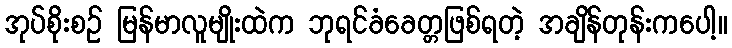
အုပ်စိုးစဉ် မြန်မာလူမျိုးထဲက ဘုရင်ခံခေတ္တဖြစ်ရတဲ့ အချိန်တုန်းကပေါ့။